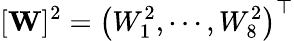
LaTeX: [\mathbf{W}]^{2}=\left(W_{1}^{2},\cdots,W_{8}^{2}\right)^{\top}